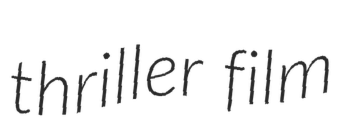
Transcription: thriller film